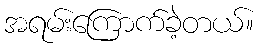
အရမ်းကြောက်ခဲ့တယ်။